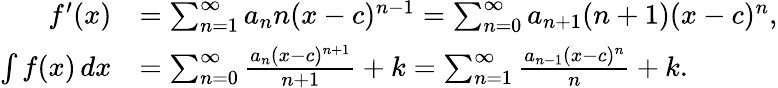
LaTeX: {\begin{array}{rl}{f^{\prime}(x)}&{=\sum_{n=1}^{\infty}a_{n}n(x-c)^{n-1}=\sum_{n=0}^{\infty}a_{n+1}(n+1)(x-c)^{n},}\\ {\int f(x)\, dx}&{=\sum_{n=0}^{\infty}{\frac{a_{n}(x-c)^{n+1}}{n+1}}+k=\sum_{n=1}^{\infty}{\frac{a_{n-1}(x-c)^{n}}{n}}+k.}\end{array}}